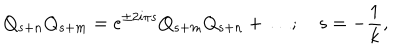
Q _ { s + n } Q _ { s + m } = e ^ { \pm 2 i { \pi } s } Q _ { s + m } Q _ { s + n } + \ldots ; \quad s = { - { \frac { 1 } { k } } } ,